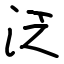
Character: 泛